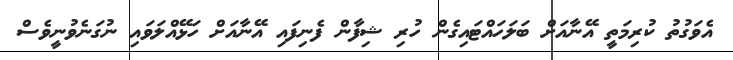
އެވަގުތު ކުރިމަތީ އޭނާއަށް ބަލަހައްޓައިގެން ހުރި ޝިފާން ފެނިފައި އޭނާއަށް ހަޅޭއްލަވައި ނުގަނެވުނީވެސް